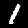
Digit: 1